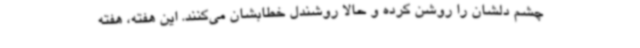
چشم دلشان را روشن کرده و حالا روشندل خطابشان می‌کنند. این هفته، هفته